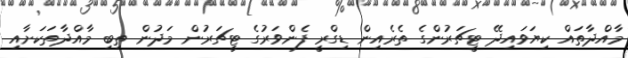
މާއްދާތައް ކިޔަވައިދޭ ޓީޗަރުންގެ ތެރެއިން ޑިގްރީ ފެންވަރުގެ ޓީޗަރުން މަދުން ތިބި މާއްދާތަކަށާއި